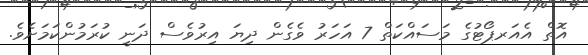
އޮތް އެއަރޕޯޓުގެ މަސައްކަތް 7 އަހަރު ވެގެން ދިޔަ އިރުވެސް ދަނީ ކުރަމުންކަމަށެވެ.